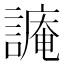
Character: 𧫥